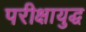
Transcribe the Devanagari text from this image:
परीक्षायुद्ध